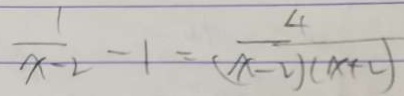
\frac { 1 } { x - 2 } - 1 = \frac { 4 } { ( x - 2 ) ( x + 2 ) }